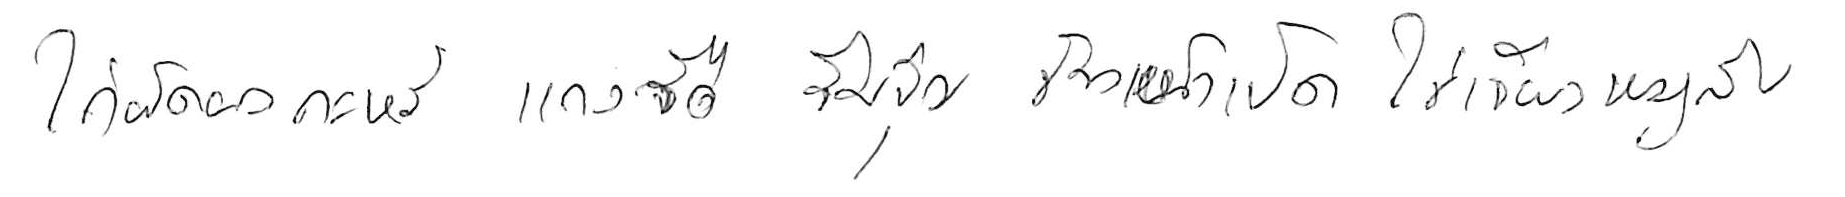
ไก่ผัดผงกะหรี่ แกงจืด จิ้มจุ่ม ข้าวหน้าเป็ด ไข่เจียวหมูสับ